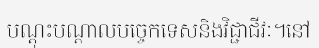
បណ្តុះបណ្តាលបច្ចេកទេសនិងវិជ្ជាជីវៈ។នៅ